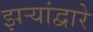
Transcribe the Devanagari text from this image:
झऱ्यांद्वारे